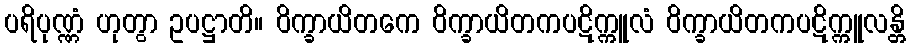
ပရိပုဏ္ဏံ ဟုတွာ ဥပဋ္ဌာတိ။ ဝိက္ခာယိတကေ ဝိက္ခာယိတကပဋိက္ကူလံ ဝိက္ခာယိတကပဋိက္ကူလန္တိ